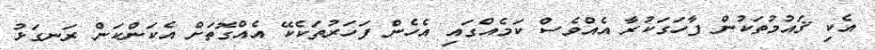
އެކި ޤައުމުތަކުން ފާހަގަކުރާ އެއްވެސް ކަމެއްގައި އެހެން ފަހަރުތަކެކޭ އެއްގޮތަށް އެކަންކަން ރަނގަޅު